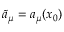
{ \tilde { a } } _ { \mu } = a _ { \mu } ( x _ { 0 } )